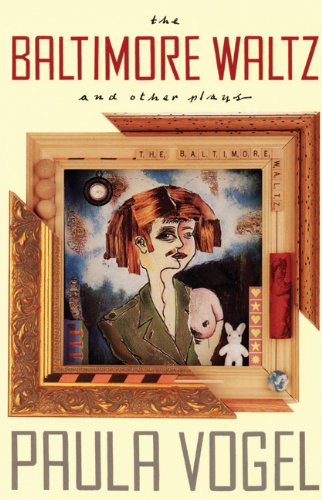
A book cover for The Baltimore Waltz and Other Plays; Paula Vogel; Literature & Fiction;